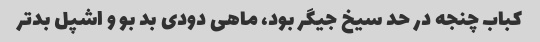
کباب چنجه در حد سیخ جیگر بود، ماهی دودی بد بو و اشپل بدتر